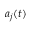
a _ { j } ( t )